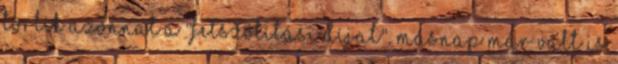
törlik azonnal a "felszólítási díjat", másnap már vált is